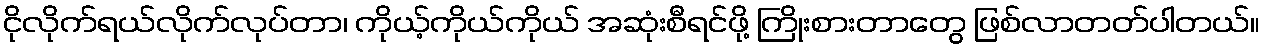
ငိုလိုက်ရယ်လိုက်လုပ်တာ၊ ကိုယ့်ကိုယ်ကိုယ် အဆုံးစီရင်ဖို့ ကြိုးစားတာတွေ ဖြစ်လာတတ်ပါတယ်။